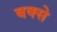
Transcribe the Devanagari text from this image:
बक्‍से